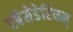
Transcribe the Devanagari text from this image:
एबेसेडेरियम्